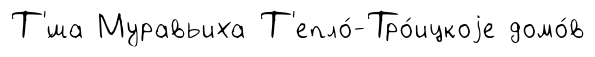
Т'́ша Муравьиха Т'епло́-Тро́ицкоjе домо́в